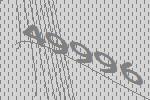
49996